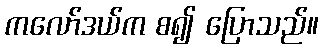
ကလော်ဒယ်က စ၍ ပြောသည်။